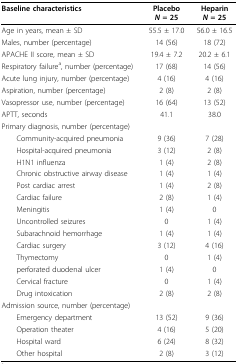
<table><thead><tr><td><b>Baseline characteristics</b></td><td><b>Placebo<i>N </i>= 25</b></td><td><b>Heparin<i>N </i>= 25</b></td></tr></thead><tbody><tr><td>Age in years, mean ± SD</td><td>55.5 ± 17.0</td><td>56.0 ± 16.5</td></tr><tr><td>Males, number (percentage)</td><td>14 (56)</td><td>18 (72)</td></tr><tr><td>APACHE II score, mean ± SD</td><td>19.4 ± 7.2</td><td>20.2 ± 6.1</td></tr><tr><td>Respiratory failure<sup>a</sup>, number (percentage)</td><td>17 (68)</td><td>14 (56)</td></tr><tr><td>Acute lung injury, number (percentage)</td><td>4 (16)</td><td>4 (16)</td></tr><tr><td>Aspiration, number (percentage)</td><td>2 (8)</td><td>2 (8)</td></tr><tr><td>Vasopressor use, number (percentage)</td><td>16 (64)</td><td>13 (52)</td></tr><tr><td>APTT, seconds</td><td>41.1</td><td>38.0</td></tr><tr><td colspan="3">Primary diagnosis, number (percentage)</td></tr><tr><td> Community-acquired pneumonia</td><td>9 (36)</td><td>7 (28)</td></tr><tr><td> Hospital-acquired pneumonia</td><td>3 (12)</td><td>2 (8)</td></tr><tr><td> H1N1 influenza</td><td>1 (4)</td><td>2 (8)</td></tr><tr><td> Chronic obstructive airway disease</td><td>1 (4)</td><td>1 (4)</td></tr><tr><td> Post cardiac arrest</td><td>1 (4)</td><td>2 (8)</td></tr><tr><td> Cardiac failure</td><td>2 (8)</td><td>1 (4)</td></tr><tr><td> Meningitis</td><td>1 (4)</td><td>0</td></tr><tr><td> Uncontrolled seizures</td><td>0</td><td>1 (4)</td></tr><tr><td> Subarachnoid hemorrhage</td><td>1 (4)</td><td>1 (4)</td></tr><tr><td> Cardiac surgery</td><td>3 (12)</td><td>4 (16)</td></tr><tr><td> Thymectomy</td><td>0</td><td>1 (4)</td></tr><tr><td> perforated duodenal ulcer</td><td>1 (4)</td><td>0</td></tr><tr><td> Cervical fracture</td><td>0</td><td>1 (4)</td></tr><tr><td> Drug intoxication</td><td>2 (8)</td><td>2 (8)</td></tr><tr><td colspan="3">Admission source, number (percentage)</td></tr><tr><td> Emergency department</td><td>13 (52)</td><td>9 (36)</td></tr><tr><td> Operation theater</td><td>4 (16)</td><td>5 (20)</td></tr><tr><td> Hospital ward</td><td>6 (24)</td><td>8 (32)</td></tr><tr><td> Other hospital</td><td>2 (8)</td><td>3 (12)</td></tr></tbody></table>